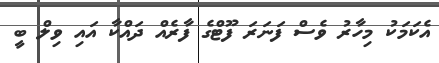
އެކަމަކު މިހާރު ވެސް ފަނަރަ ފޫޓްގެ ފާރެއް ދައްކާ އައި ވިލް ބީ